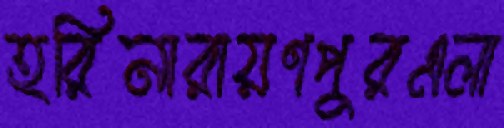
হরিনারায়ণপুরএলা